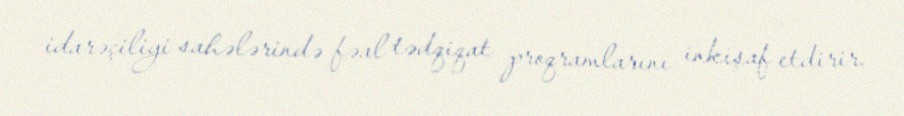
idarəçiliyi sahələrində fəal tədqiqat proqramlarını inkişaf etdirir.